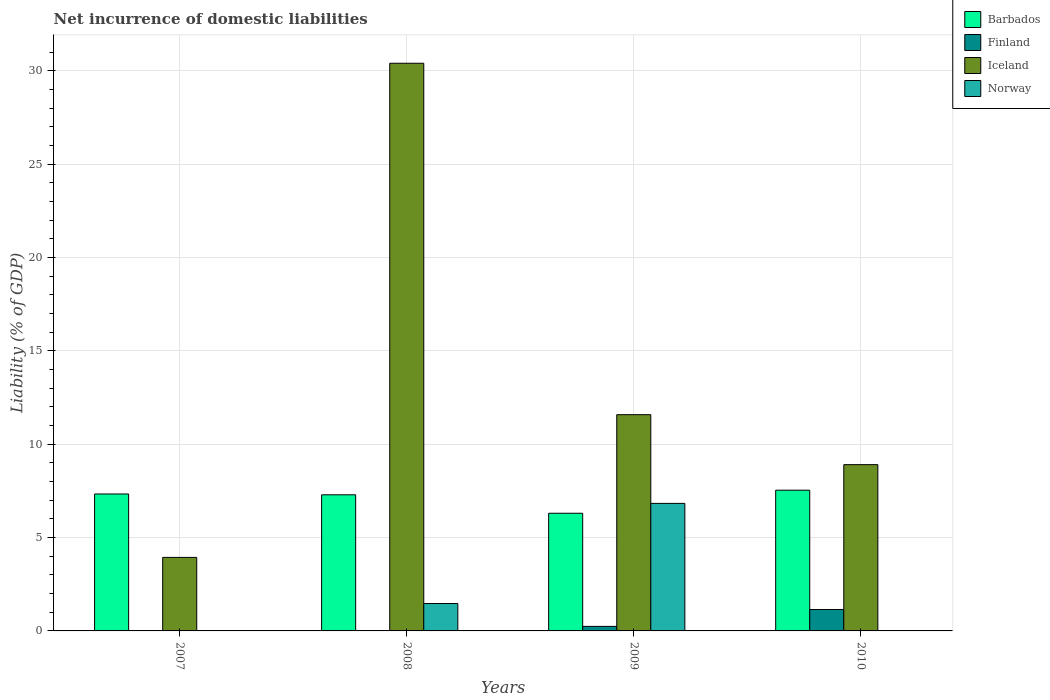
| Years | Barbados | Finland | Iceland | Norway |
 | --- | --- | --- | --- | --- |
 | 2007 | 7.34 | -0.222 | 3.94 | -1.53 |
 | 2008 | 7.29 | -0.121 | 30.4 | 1.47 |
 | 2009 | 6.3 | 0.242 | 11.6 | 6.83 |
 | 2010 | 7.54 | 1.15 | 8.91 | -2.07 |